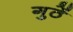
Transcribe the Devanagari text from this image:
गुठें